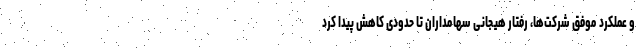
و عملکرد موفق شرکت‌ها، رفتار هیجانی سهامداران تا حدودی کاهش پیدا کرد